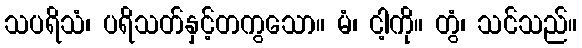
သပရိသံ၊ ပရိသတ်နှင့်တကွသော။ မံ၊ ငါ့ကို။ တွံ၊ သင်သည်။